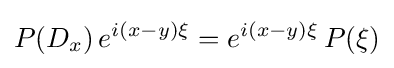
P(D_{x})\,e^{i(x-y)\xi }=e^{i(x-y)\xi }\,P(\xi )